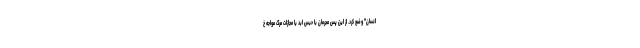
انسان" وضع کرد. از این پس مجرمان با حبس ابد یا مجازات مرگ مواجه خ